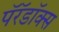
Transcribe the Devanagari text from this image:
पॅरॅडॉक्स